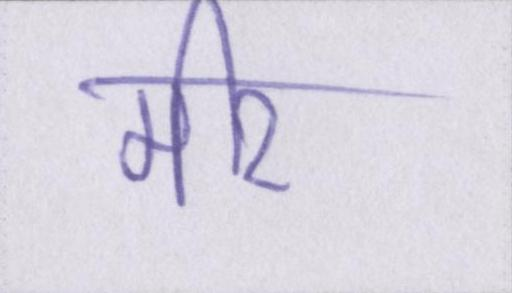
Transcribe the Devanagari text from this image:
मीर